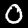
Digit: 0